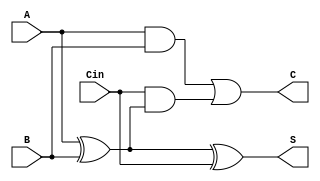
module BasicCSA (
    input [3:0] A,    // Operand A
    input [3:0] B,    // Operand B
    input [3:0] Cin,  // Carry-in
    output [3:0] S,   // Sum output
    output [3:0] C    // Carry output
);
    assign S = A ^ B ^ Cin; // Sum calculation
    assign C = (A & B) | (Cin & (A ^ B)); // Carry calculation
endmodule